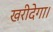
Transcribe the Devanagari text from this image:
खरीदेगा।